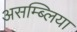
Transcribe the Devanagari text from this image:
असम्ब्लिया